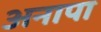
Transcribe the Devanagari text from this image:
अनापा